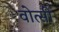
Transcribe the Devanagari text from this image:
वोत्सी